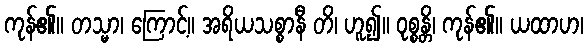
ကုန်၏။ တသ္မာ၊ ကြောင့်။ အရိယသစ္စာနီ တိ၊ ဟူ၍။ ဝုစ္စန္တိ၊ ကုန်၏။ ယထာဟ၊